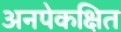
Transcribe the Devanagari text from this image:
अनपेकक्षित